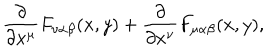
\frac { \partial } { \partial x ^ { \mu } } F _ { \nu \alpha \beta } ( x , y ) + \frac { \partial } { \partial x ^ { \nu } } F _ { \mu \alpha \beta } ( x , y ) ,